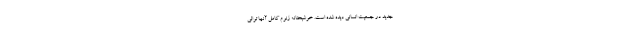
جدید در جمعیت انسانی دیده شده است. خوشبختانه ژنوم کامل آنها توالی